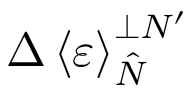
\Delta \left\langle \varepsilon \right\rangle _ { \hat { N } } ^ { \perp N ^ { \prime } }